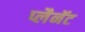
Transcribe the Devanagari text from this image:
प्लैनॅट